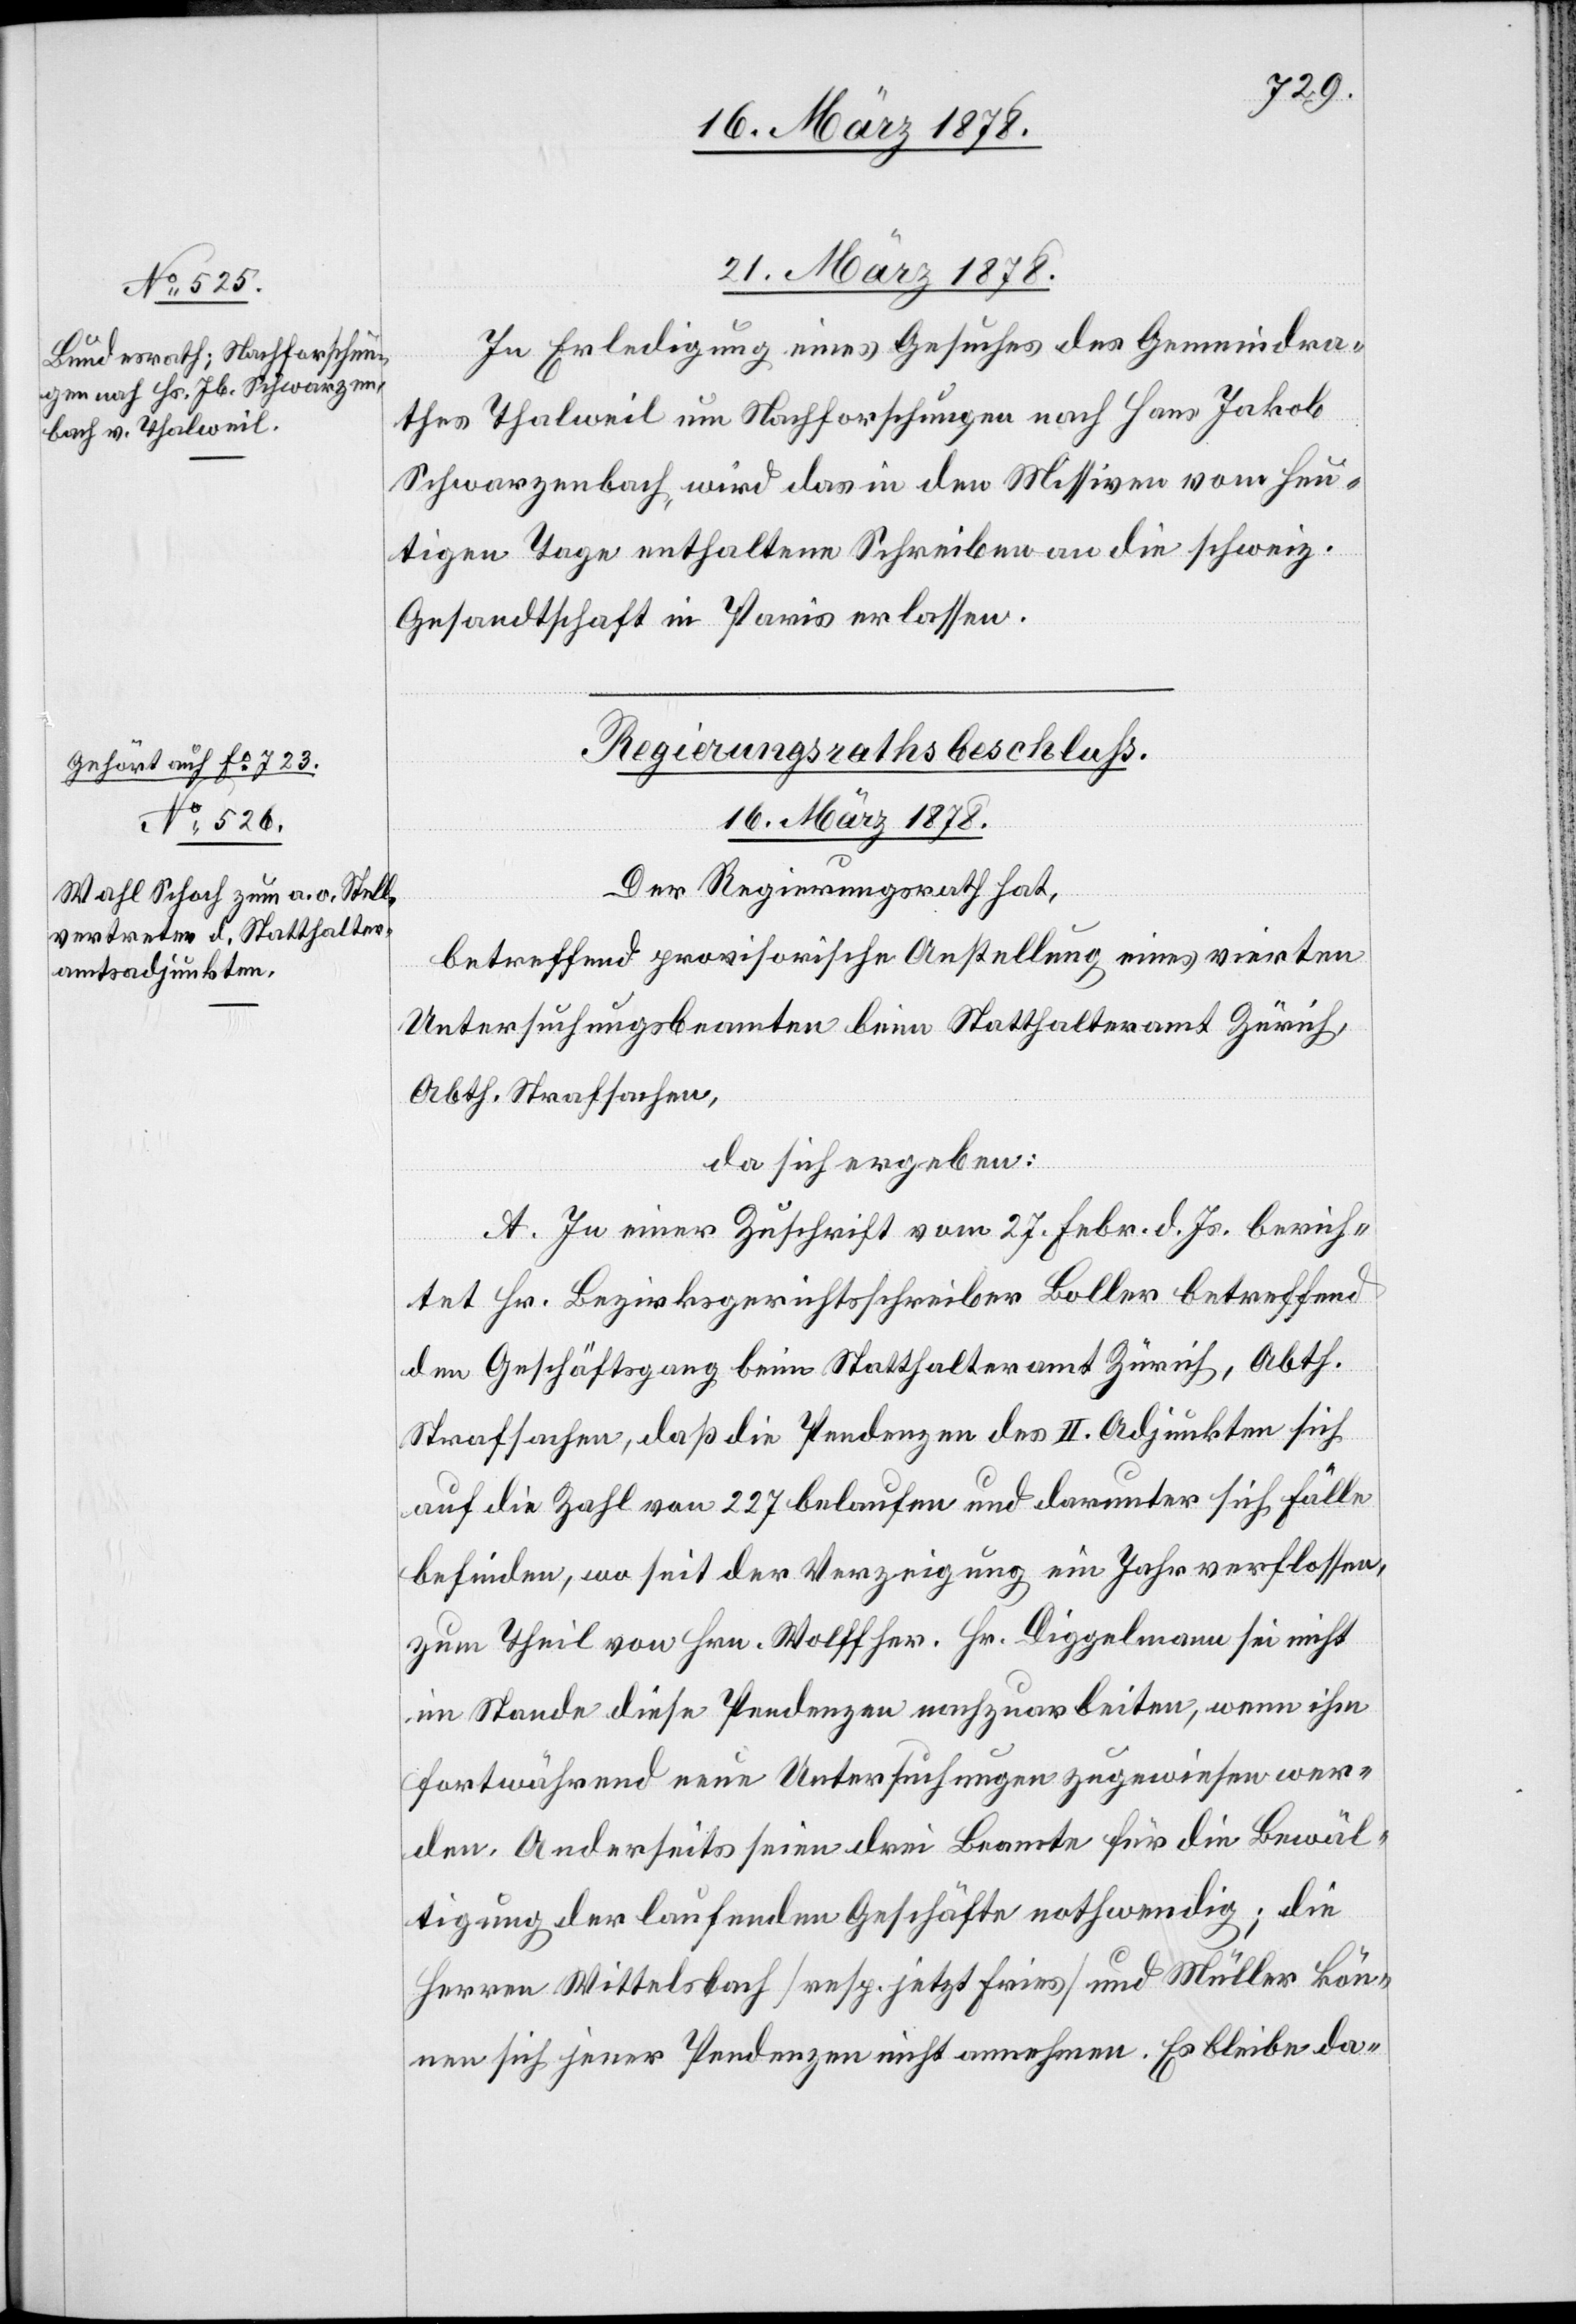
a-Gehört auf Fo 723.-a

16. März 1878.
21. März 1878.
In Erledigung eines Gesuches des Gemeindra¬
thes Thalweil um Nachforschungen nach Hans Jakob
Schwarzenbach, wird das in den Missiven vom heu¬
tigen Tage enthaltene Schreiben an die schweiz.
Gesandtschaft in Paris erlassen.
Regierungsrathsbeschluß.
Der Regierungsrath hat,
betreffend provisorische Anstellung eines vierten
Untersuchungsbeamten beim Statthalteramt Zürich,
Abth. Strafsachen,
da sich ergeben:
A. In einer Zuschrift vom 27. Febr. d. Js. berich¬
tet Hr. Bezirksgerichtsschreiber Boller betreffend
den Geschäftsgang beim Statthalteramt Zürich, Abth.
Strafsachen, daß die Pendenzen des II. Adjunkten sich
auf die Zahl von 227 belaufen und darunter sich Fälle
befinden, wo seit der Verzeigung ein Jahr verflossen,
zum Theil von Hrn. Wolff her. Hr. Diggelmann sei nicht
im Stande diese Pendenzen nachzuarbeiten, wenn ihm
fortwährend neue Untersuchungen zugewiesen wer¬
den. Anderseits seien drei Beamte für die Bewäl¬
tigung der laufenden Geschäfte nothwendig; die
Herren Wittelsbach (resp. jetzt Fries) und Müller kön¬
nen sich jener Pendenzen nicht annehmen. Es bleibe da-